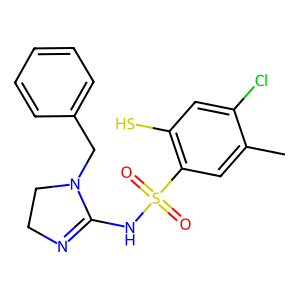
SMILES: Cc1cc(S(=O)(=O)NC2=NCCN2Cc2ccccc2)c(S)cc1Cl
Inhibits HIV replication: No